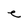
Character: e